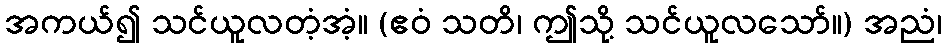
အကယ်၍ သင်ယူလတံ့အံ့။ (ဧဝံ သတိ၊ ဤသို့ သင်ယူလသော်။) အညံ၊